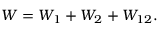
W = W _ { 1 } + W _ { 2 } + W _ { 1 2 } .